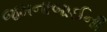
જમનાબાઈની